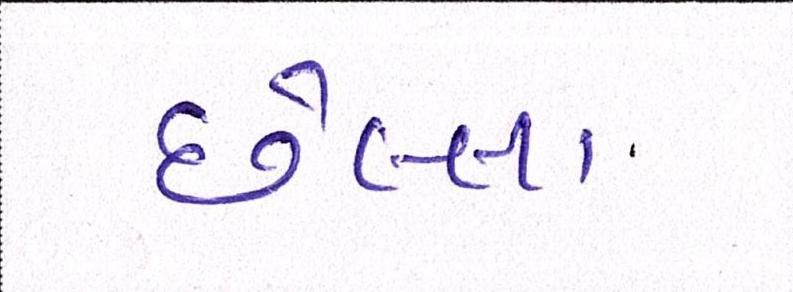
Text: છેલ્લા